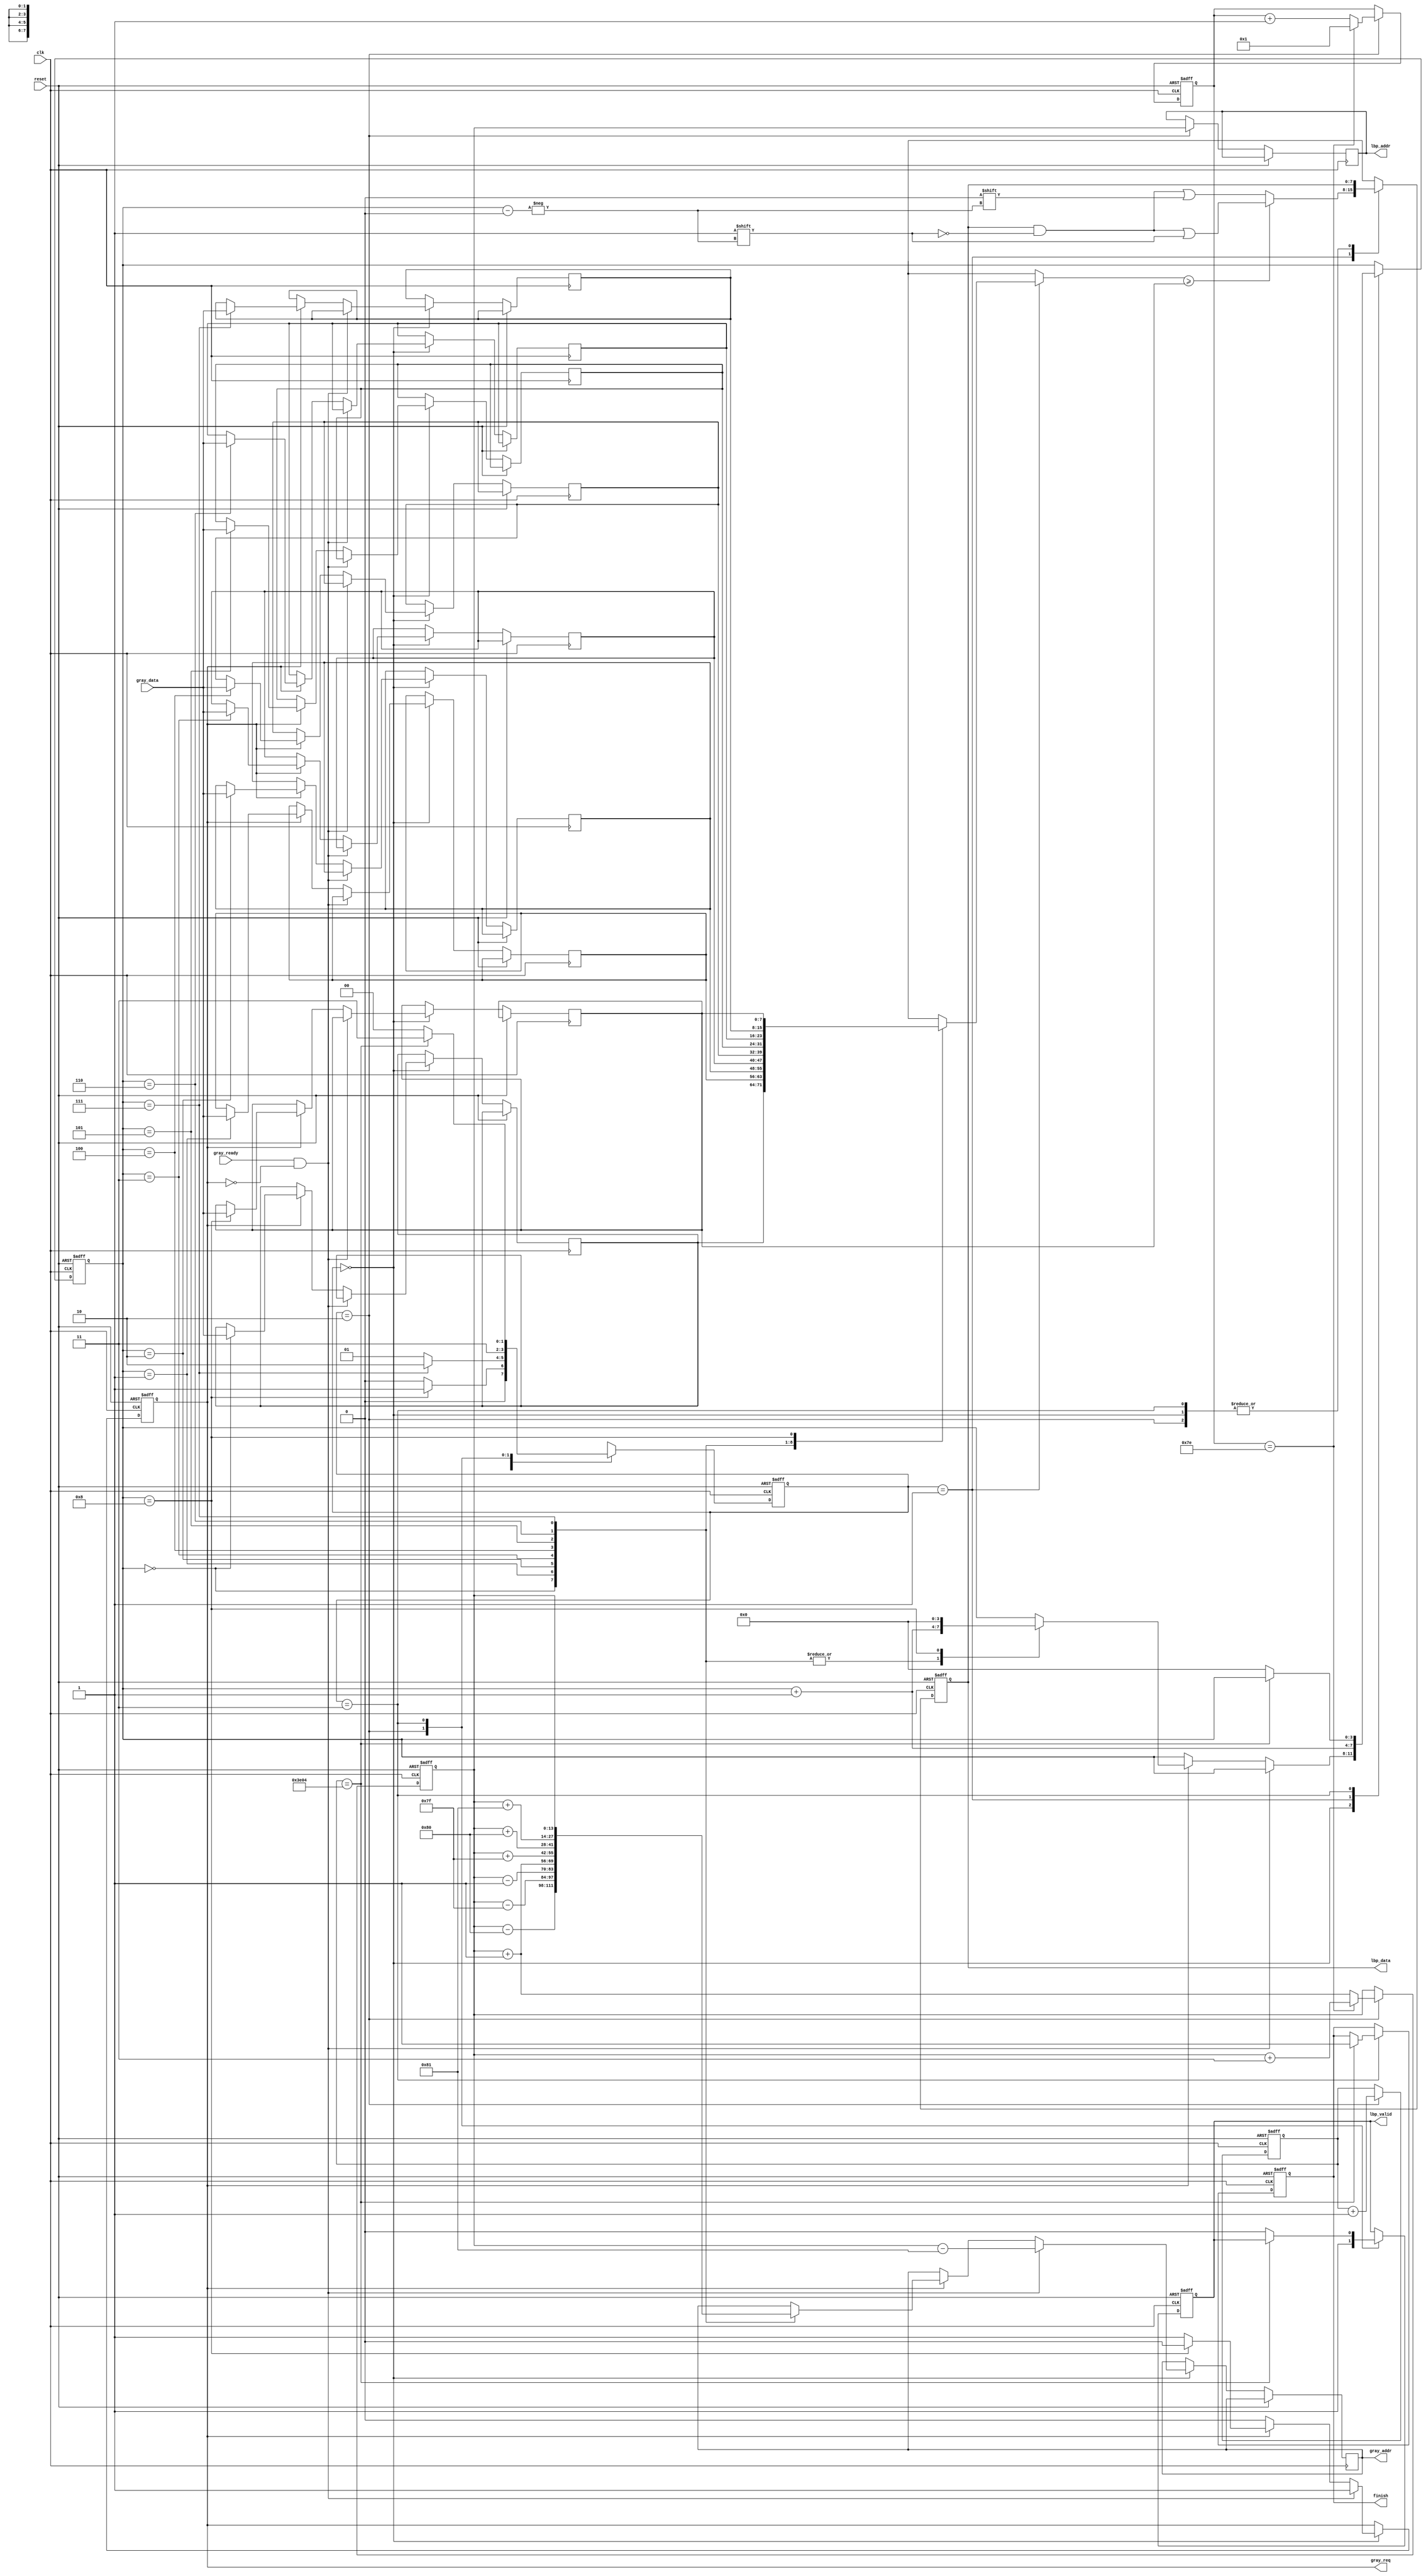

`timescale 1ns/10ps
module LBP ( clk, reset, gray_addr, gray_req, gray_ready, gray_data, lbp_addr, lbp_valid, lbp_data, finish);
input   	clk;
input   	reset;
input   	gray_ready;
input   [7:0] 	gray_data;
output  reg [13:0] 	gray_addr;
output  reg      	gray_req;
output  reg [13:0] 	lbp_addr;
output  reg	lbp_valid;
output  reg [7:0] 	lbp_data;
output  reg	finish;

reg [1:0] state;
reg [1:0] NextState;
reg [13:0] cpos;
reg [3:0] count;
reg [13:0] pixels;
reg [7:0] mem [8:0];
reg [6:0] r;


parameter Request = 0;
parameter Process = 1;
parameter Store = 2;
parameter Finish = 3;


//====================================================================

always @(posedge clk or posedge reset) 
begin
    if(reset)
    begin
        finish <= 0;
        lbp_valid <= 0;
        state <= Request;
        gray_req <= 0;
        count <= 0;
        pixels <= 0;
        cpos <= 129;
        lbp_data <= 0;
        r <= 1;
    end
    else
    begin
        state <= NextState;
        case(state)
        Request:  begin
                       if(gray_ready && !gray_req)
                       begin
                           gray_req <= 1;
                           gray_addr <= cpos - 129;
                       end
                       else if(gray_req)
                       begin
                           case(count)
        
                               0:  begin 
                                        gray_addr <= cpos - 128;
                                        count <= count + 1;
                                   end
                               1:  begin
                                        gray_addr <= cpos - 127;
                                        count <= count + 1;
                                   end
                               2:  begin
                                        gray_addr <= cpos - 1;
                                        count <= count + 1;
                                   end
                               3:  begin
                                        gray_addr <= cpos + 1;
                                        count <= count + 1;
                                   end
                               4:  begin
                                        gray_addr <= cpos + 127;
                                        count <= count + 1;
                                   end
                               5:  begin
                                        gray_addr <= cpos + 128;
                                        count <= count + 1;
                                   end
                               6:  begin
                                        gray_addr <= cpos + 129;
                                        count <= count + 1;
                                   end
                               7:  begin
                                        gray_addr <= cpos;
                                        count <= count + 1;
                                   end
                               8:  begin
                                        gray_req <= 0;    
                                        count <= 0;   
                                   end
                           endcase
                        mem[count] <= gray_data;
                       end

                  end

        Process:  begin
                      if(mem[count] >= mem[8])
                      begin
                          lbp_data[count] <= 1;
                      end
                      else
                      begin
                          lbp_data[count] <= 0;
                      end
                      count <= count + 1;
                  end
    
        Store:  begin
                    if(r == 126)
                    begin
                        cpos <= cpos + 3;
                        r <= 1;
                    end
                    else
                    begin
                        cpos <= cpos + 1;
                        r <= r + 1;
                    end
                    lbp_addr <= cpos;
                    lbp_valid <= 1;
                    pixels <= pixels + 1;
                end     

        Finish: begin
                    if(pixels == 15876)
                    begin
                    finish <= 1;
                    end
                    else
                    begin
                      count <= 0;
                      lbp_valid <= 0;
                    end

                end
        
        endcase
    end
end


//State machine
always@(*)
begin
    case(state)
    Request:  begin
                 if(count == 8)
                 begin
                     NextState = Process;
                 end
                 else
                 begin
                     NextState = Request;
                 end
              end

    Process:  begin
                 if(count == 7)
                 begin
                    NextState = Store;
                 end
                 else
                 begin
                     NextState = Process;
                 end

              end
    
    Store: begin
                NextState = Finish;
           end

    Finish: begin
                if(pixels == 15876)
                begin
                    NextState = Finish;
                end
                else
                begin
                    NextState = Request;
                end
           end 

    default: NextState = Finish;

    endcase
end

//====================================================================
endmodule